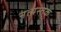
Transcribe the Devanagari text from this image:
नत्मस्तक